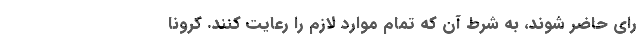
رای حاضر شوند، به شرط آن که تمام موارد لازم را رعایت کنند. کرونا